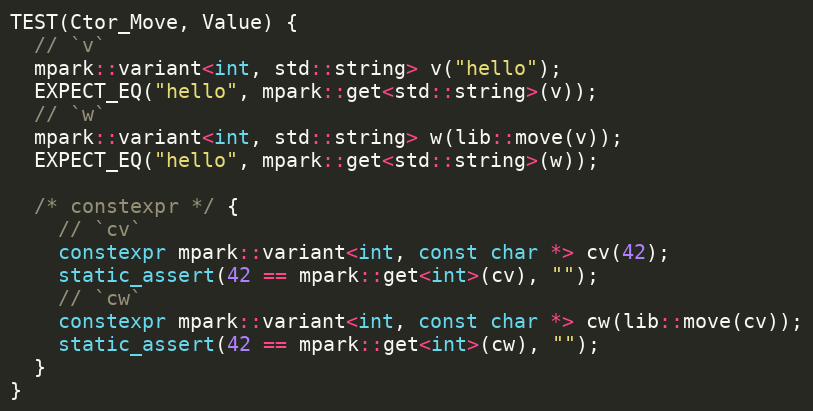
Language: C++
TEST(Ctor_Move, Value) {
  // `v`
  mpark::variant<int, std::string> v("hello");
  EXPECT_EQ("hello", mpark::get<std::string>(v));
  // `w`
  mpark::variant<int, std::string> w(lib::move(v));
  EXPECT_EQ("hello", mpark::get<std::string>(w));

  /* constexpr */ {
    // `cv`
    constexpr mpark::variant<int, const char *> cv(42);
    static_assert(42 == mpark::get<int>(cv), "");
    // `cw`
    constexpr mpark::variant<int, const char *> cw(lib::move(cv));
    static_assert(42 == mpark::get<int>(cw), "");
  }
}